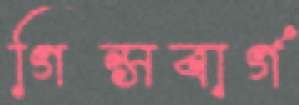
গিন্সবার্গ